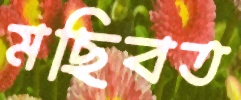
মছিবত